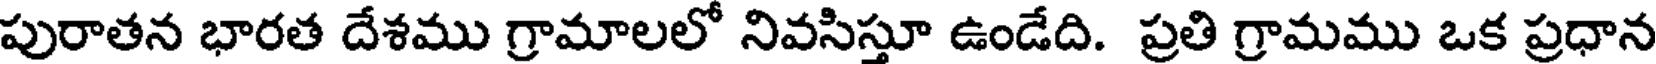
పురాతన భారత దేశము గ్రామాలలో నివసిస్తూ ఉండేది. ప్రతి గ్రామము ఒక ప్రధాన